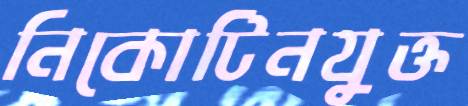
নিকোটিনযুক্ত